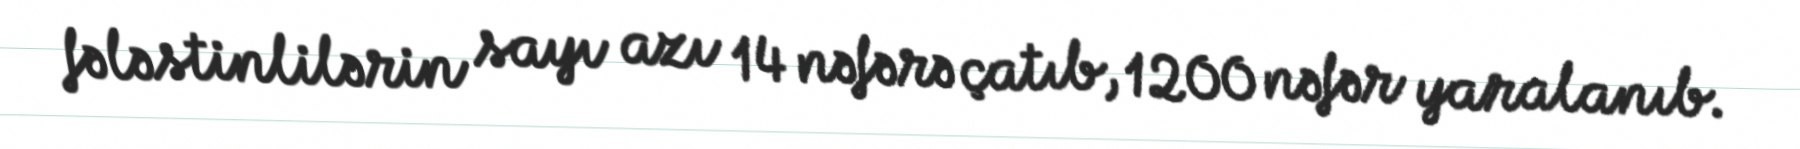
fələstinlilərin sayı azı 14 nəfərə çatıb, 1200 nəfər yaralanıb.